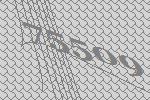
75509